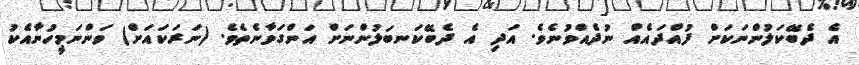
އެ ދެބޭކަލުންނަކަށް ފުއްދައެއް ނުދެއްވުނެވެ. އަދި އެ ދެބޭކަނބަލުންނަށް އަންގަވާނެތެވެ. (ނަރަކައަށް) ވަންނަމީހުނާއެކު